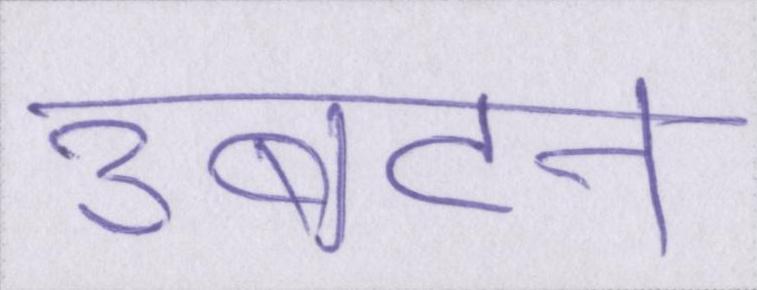
उबटन